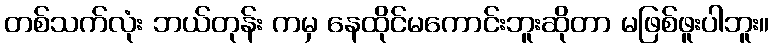
တစ်သက်လုံး ဘယ်တုန်း ကမှ နေထိုင်မကောင်းဘူးဆိုတာ မဖြစ်ဖူးပါဘူး။